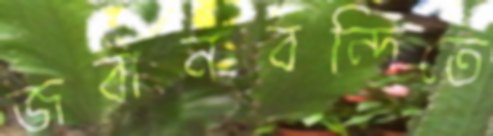
জবানবন্দিতে